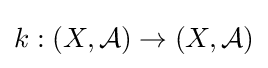
k:(X,{\mathcal {A}})\to (X,{\mathcal {A}})